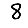
Digit: 8